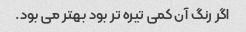
اگر رنگ آن کمی تیره تر بود بهتر می بود.